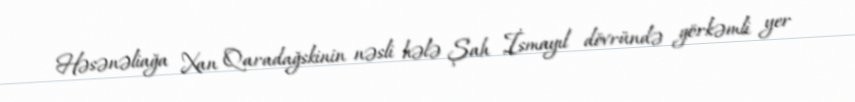
Həsənəliağa Xan Qaradağskinin nəsli hələ Şah İsmayıl dövründə görkəmli yer